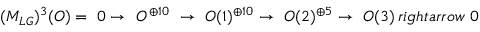
( M _ { L G } ) ^ { 3 } ( { \cal { O } } ) = \ 0 \rightarrow \ { \cal { O } } ^ { \oplus 1 0 } \ \rightarrow \ { \cal { O } } ( 1 ) ^ { \oplus 1 0 } \rightarrow \ { \cal { O } } ( 2 ) ^ { \oplus 5 } \rightarrow \ { \cal { O } } ( 3 ) \, r i g h t a r r o w \ 0